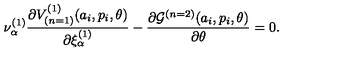
{ \nu } _ { \alpha } ^ { ( 1 ) } \frac { \partial V _ { ( n = 1 ) } ^ { ( 1 ) } ( a _ { i } , p _ { i } , \theta ) } { \partial { \xi } _ { \alpha } ^ { ( 1 ) } } - \frac { \partial { \cal G } ^ { ( n = 2 ) } ( a _ { i } , p _ { i } , \theta ) } { \partial \theta } = 0 .